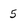
Character: 5